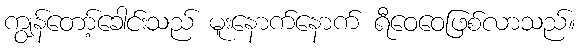
ကျွန်တော့်ခေါင်းသည် မူးနောက်နောက် ရီဝေဝေဖြစ်လာသည်။